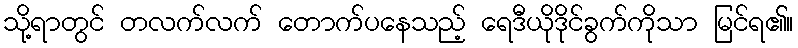
သို့ရာတွင် တလက်လက် တောက်ပနေသည့် ရေဒီယိုဒိုင်ခွက်ကိုသာ မြင်ရ၏။